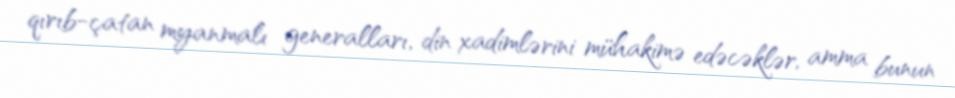
qırıb-çatan myanmalı generalları, din xadimlərini mühakimə edəcəklər, amma bunun